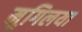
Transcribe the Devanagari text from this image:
मुगिलया